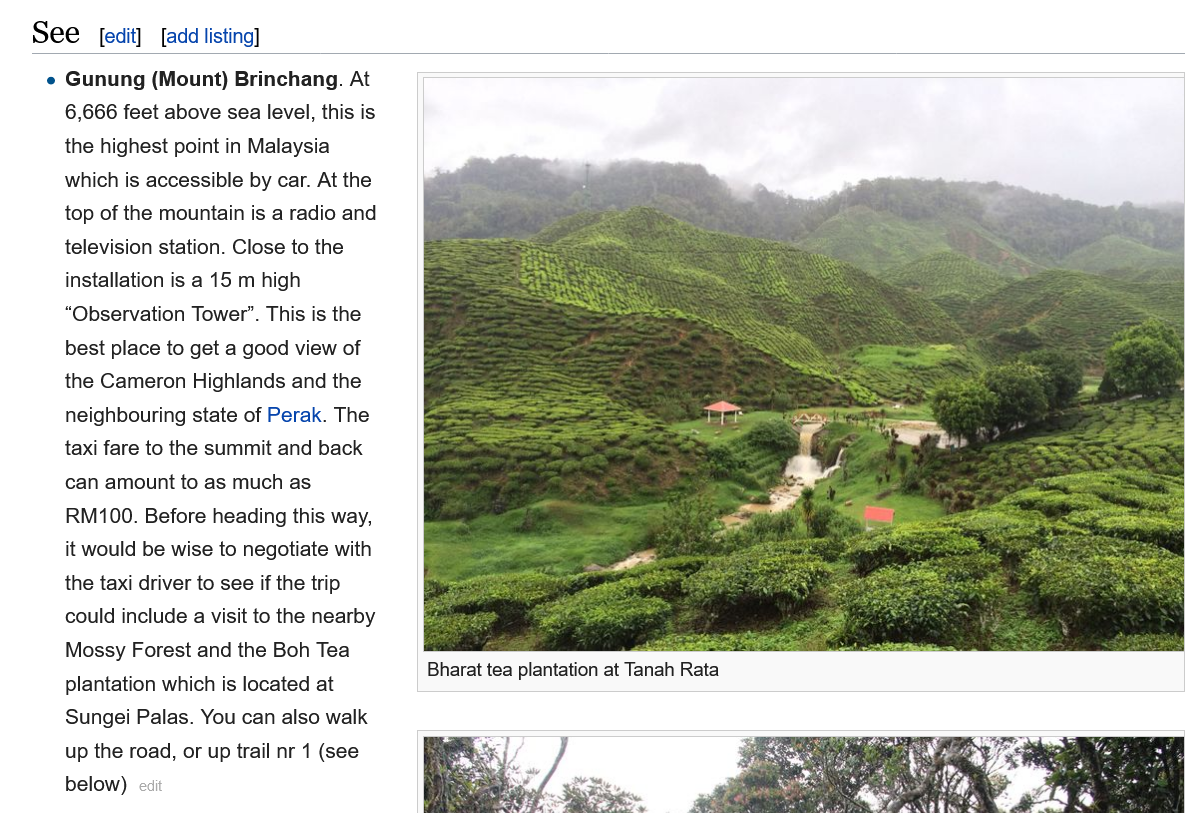
See
     e Gunung (Mount)    Brinchang. At
     6,666 feet above sea level, this is
     the highest point in Malaysia
     which is accessible by car. At the
     top of the mountain is a radio and
     television station. Close to the
     installation is a 15 m high
     “Observation Tower”. This is the
     best place to get a good view of
     the Cameron   Highlands and the
     neighbouring state of Perak. The
     taxi fare to the summit and back
     can amount to  as much  as
     RM100.   Before heading this way,
     it would be wise to negotiate with
     the taxi driver to see if the trip
     could include a visit to the nearby
     Mossy Forest  and the Boh Tea
     plantation which is located at
     Sungei  Palas. You can also walk
     up the road, or up trail nr 1 (see
     below)
     [edit] [add listing]
     Bharat tea plantation at Tanah Rata